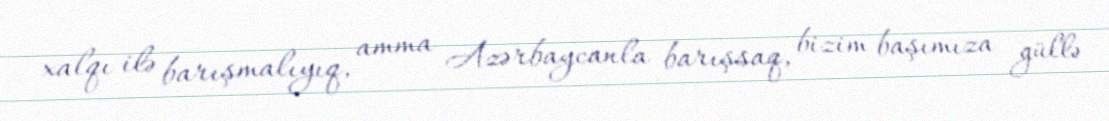
xalqı ilə barışmalıyıq, amma Azərbaycanla barışsaq, bizim başımıza güllə